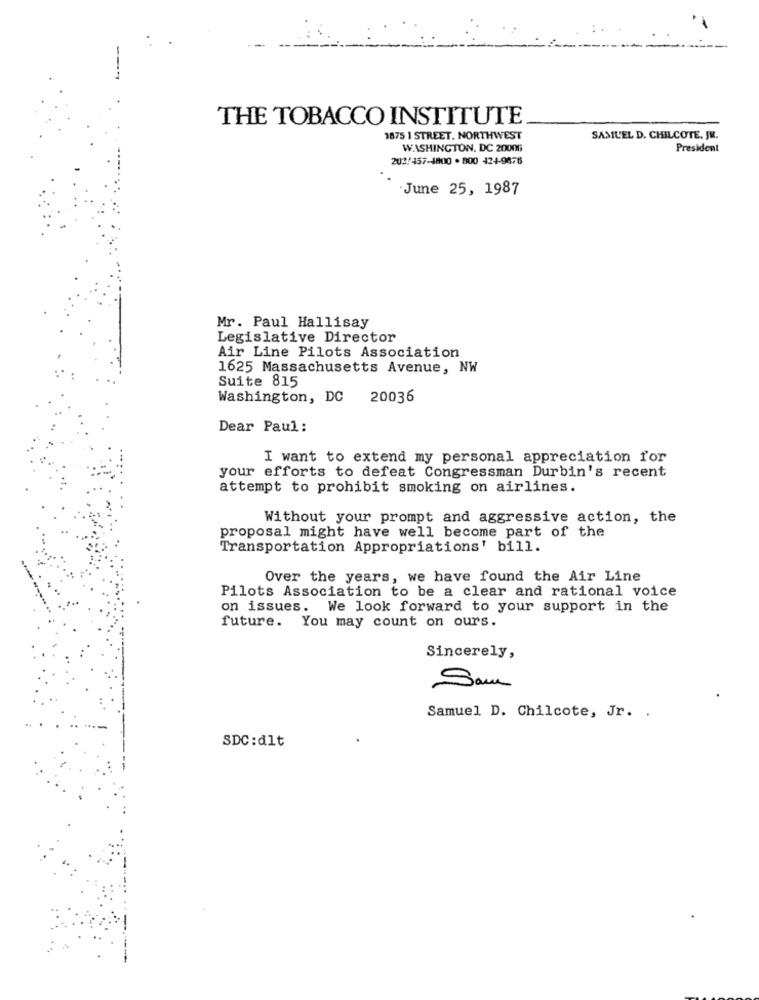
THE TOBACCO INSTITUTE
1875 1 STREET. NORTHWEST
SAMUEL D. CHILCOTE, JR.
WASHINGTON, DC 20006
President
202/457-4800 . 800 424-9676
June 25, 1987
Mr. Paul Hallisay
Legislative Director
Air Line Pilots Association
1625 Massachusetts Avenue, NW
Suite 815
Washington, DC
20036
Dear Paul :
I want to extend my personal appreciation for
your efforts to defeat Congressman Durbin's recent
attempt to prohibit smoking on airlines.
Without your prompt and aggressive action, the
proposal might have well become part of the
Transportation Appropriations' bill.
Over the years, we have found the Air Line
Pilots Association to be a clear and rational voice
on issues.
We look forward to your support in the
future. You may count on ours.
Sincerely,
.
Sam
Samuel D. Chilcote, Jr. .
SDC :dlt